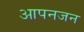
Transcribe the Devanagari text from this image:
आपनजन